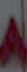
ه